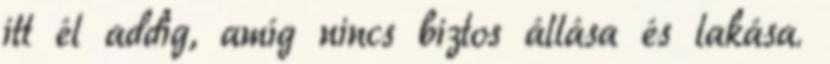
itt él addig, amíg nincs biztos állása és lakása.